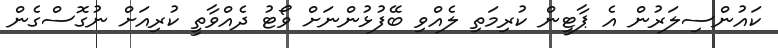
ކައުންސިލަރުން އެ ޕާޓީން ކުރިމަތި ލެއްވި ބޭފުޅުންނަށް ވޯޓު ދެއްވާތީ ކުރިއަށް ނުގޮސްގެން